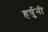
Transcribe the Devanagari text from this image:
हर्षुनी